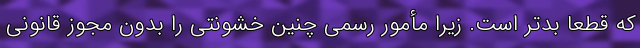
که قطعا بدتر است. زیرا مأمور رسمی چنین خشونتی را بدون مجوز قانونی